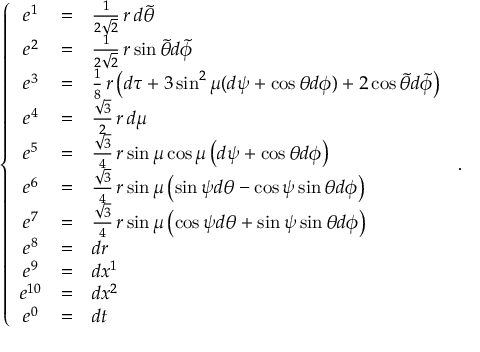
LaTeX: \left\{ \begin{array} { c c l } { { e ^ { 1 } } } & { { = } } & { { \frac { 1 } { 2 \sqrt 2 } \, r \, d \tilde { \theta } } } \\ { { e ^ { 2 } } } & { { = } } & { { \frac { 1 } { 2 \sqrt 2 } \, r \sin \tilde { \theta } d \tilde { \phi } } } \\ { { e ^ { 3 } } } & { { = } } & { { \frac { 1 } { 8 } \, r \left( d \tau + 3 \sin ^ { 2 } \mu ( d \psi + \cos \theta d \phi ) + 2 \cos \tilde { \theta } d \tilde { \phi } \right) } } \\ { { e ^ { 4 } } } & { { = } } & { { \frac { \sqrt 3 } { 2 } \, r \, d \mu } } \\ { { e ^ { 5 } } } & { { = } } & { { \frac { \sqrt 3 } { 4 } \, r \sin \mu \cos \mu \left( d \psi + \cos \theta d \phi \right) } } \\ { { e ^ { 6 } } } & { { = } } & { { \frac { \sqrt 3 } { 4 } \, r \sin \mu \left( \sin \psi d \theta - \cos \psi \sin \theta d \phi \right) } } \\ { { e ^ { 7 } } } & { { = } } & { { \frac { \sqrt 3 } { 4 } \, r \sin \mu \left( \cos \psi d \theta + \sin \psi \sin \theta d \phi \right) } } \\ { { e ^ { 8 } } } & { { = } } & { { d r } } \\ { { e ^ { 9 } } } & { { = } } & { { d x ^ { 1 } } } \\ { { e ^ { 1 0 } } } & { { = } } & { { d x ^ { 2 } } } \\ { { e ^ { 0 } } } & { { = } } & { { d t } } \end{array} \right. \, .